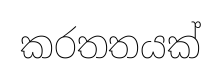
කරතතයක්